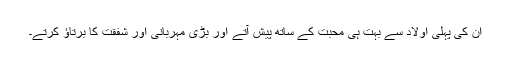
ان کی پہلی اولاد سے بہت ہی محبت کے ساتھ پیش آتے اور بڑی مہربانی اور شفقت کا برتاؤ کرتے۔